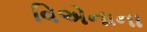
વિએનાના